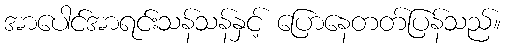
အာပေါင်အာရင်းသန်သန်နှင့် ပြောနေတတ်ပြန်သည်။